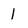
Character: 1